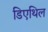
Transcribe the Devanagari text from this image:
डिएथिल